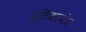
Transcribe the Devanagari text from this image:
घटिकायंत्र